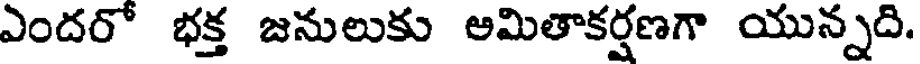
ఎందరో భక్త జనులుకు అమితాకర్షణగా యున్నది.